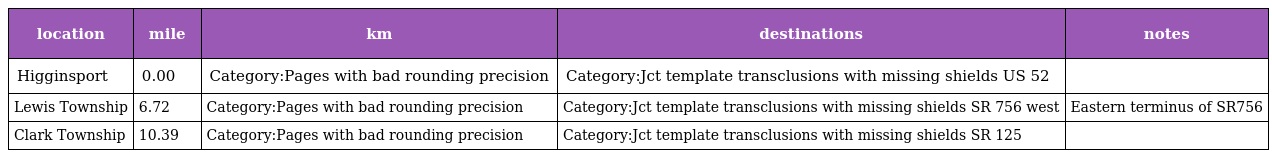
| location | mile | km | destinations | notes |
 | --- | --- | --- | --- | --- |
 | Higginsport | 0.00 | Category:Pages with bad rounding precision | Category:Jct template transclusions with missing shields US 52 |  |
 | Lewis Township | 6.72 | Category:Pages with bad rounding precision | Category:Jct template transclusions with missing shields SR 756 west | Eastern terminus of SR756 |
 | Clark Township | 10.39 | Category:Pages with bad rounding precision | Category:Jct template transclusions with missing shields SR 125 |  |